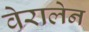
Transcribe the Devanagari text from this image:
वेरालेन